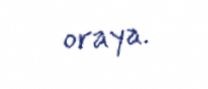
oraya.